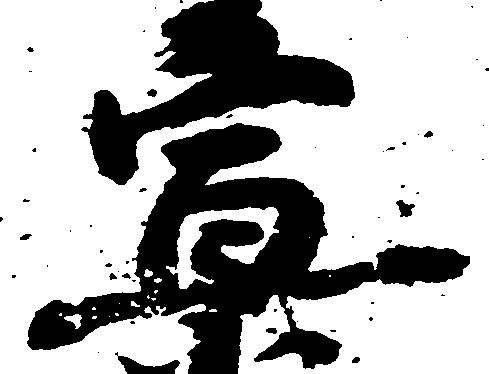
宣